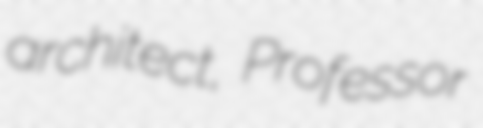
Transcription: architect, Professor